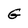
Character: G